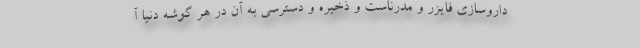
داروسازی فایزر و مدرناست و ذخیره و دسترسی به آن در هر گوشه دنیا آ